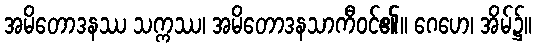
အမိတောဒနဿ သက္ကဿ၊ အမိတောဒနသာကီဝင်၏။ ဂေဟေ၊ အိမ်၌။